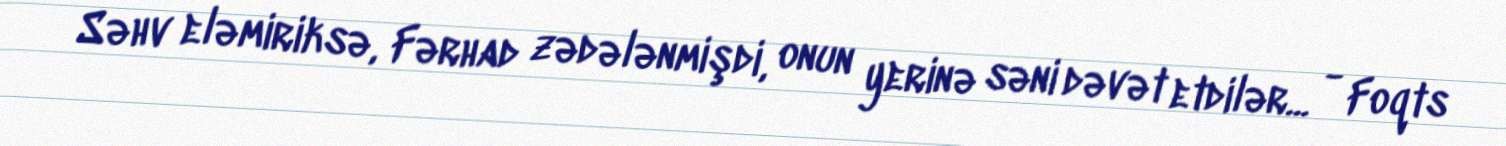
Səhv eləmiriksə, Fərhad zədələnmişdi, onun yerinə səni dəvət etdilər... - Foqts